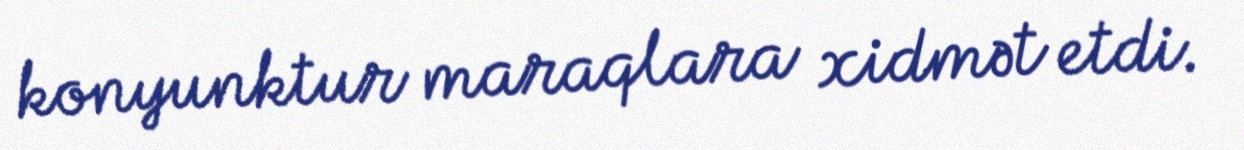
konyunktur maraqlara xidmət etdi.